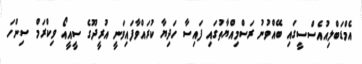
އެމްޑަބްލިއުއެސްސީގައި ބޭއްވުނު ރަސްމިއްޔާތުގައި ފައިސާ ހަދިޔާ ކުރައްވާފައިވަނީ އުރީދޫގެ ސީއީއޯ ވިކްރަމް ސިންހަ